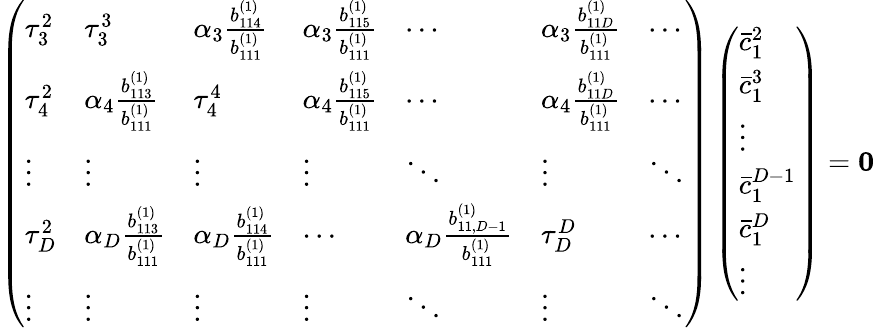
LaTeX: \left(\begin{array}{lllllll}{\tau_{3}^{2}}&{\tau_{3}^{3}}&{\alpha_{3}\frac{b_{114}^{(1)}}{b_{111}^{(1)}}}&{\alpha_{3}\frac{b_{115}^{(1)}}{b_{111}^{(1)}}}&{\cdots}&{\alpha_{3}\frac{b_{11D}^{(1)}}{b_{111}^{(1)}}}&{\cdots}\\ {\tau_{4}^{2}}&{\alpha_{4}\frac{b_{113}^{(1)}}{b_{111}^{(1)}}}&{\tau_{4}^{4}}&{\alpha_{4}\frac{b_{115}^{(1)}}{b_{111}^{(1)}}}&{\cdots}&{\alpha_{4}\frac{b_{11D}^{(1)}}{b_{111}^{(1)}}}&{\cdots}\\ {\vdots}&{\vdots}&{\vdots}&{\vdots}&{\ddots}&{\vdots}&{\ddots}\\ {\tau_{D}^{2}}&{\alpha_{D}\frac{b_{113}^{(1)}}{b_{111}^{(1)}}}&{\alpha_{D}\frac{b_{114}^{(1)}}{b_{111}^{(1)}}}&{\cdots}&{\alpha_{D}\frac{b_{11,D-1}^{(1)}}{b_{111}^{(1)}}}&{\tau_{D}^{D}}&{\cdots}\\ {\vdots}&{\vdots}&{\vdots}&{\vdots}&{\ddots}&{\vdots}&{\ddots}\end{array}\right)\left(\begin{array}{l}{\bar{c}_{1}^{2}}\\ {\bar{c}_{1}^{3}}\\ {\vdots}\\ {\bar{c}_{1}^{D-1}}\\ {\bar{c}_{1}^{D}}\\ {\vdots}\end{array}\right)=\boldsymbol{0}